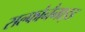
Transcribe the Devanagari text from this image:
सल्फोनैमाइड